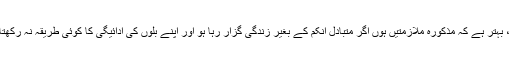
تاہم ، بہتر ہے کہ مذکورہ ملازمتیں ہوں اگر متبادل انکم کے بغیر زندگی گزار رہا ہو اور اپنے بلوں کی ادائیگی کا کوئی طریقہ نہ رکھتا ہو۔